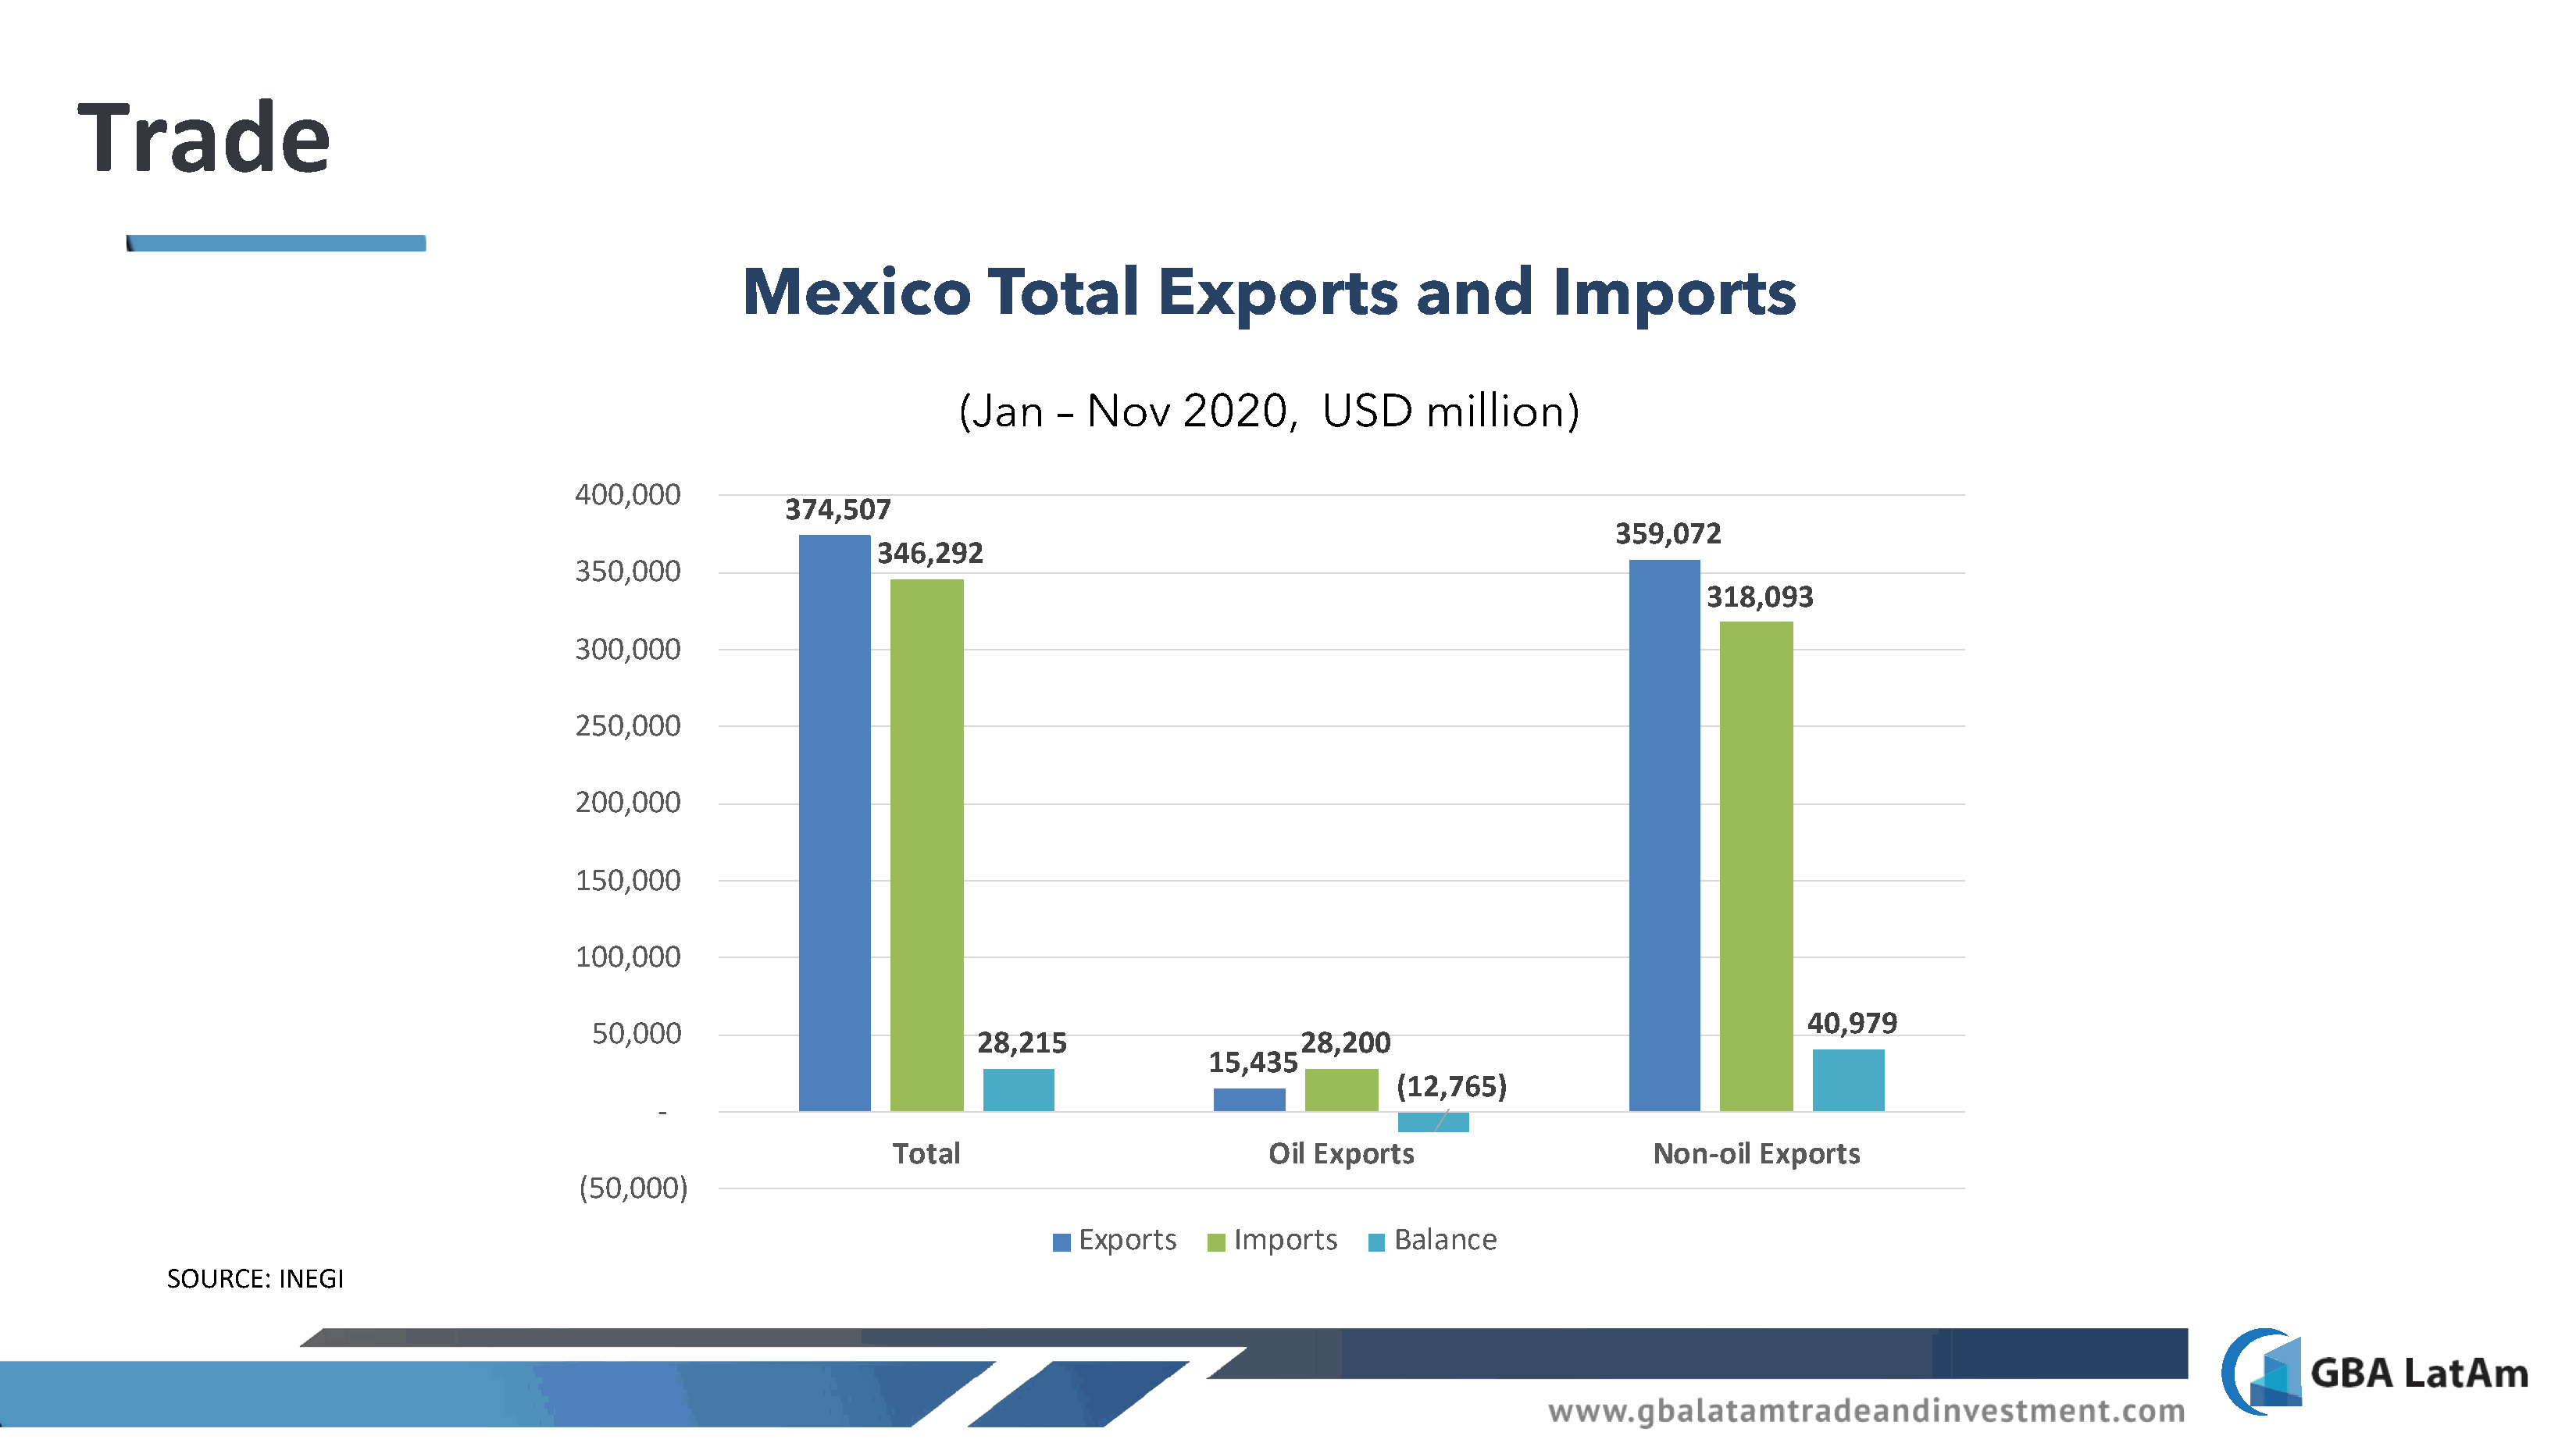
Trade
 Mexico               Total         Exports               and         Imports
 (Jan     – Nov     2020,       USD      million)
 400,000
 374,507
 359,072
 346,292
 350,000
 318,093
 300,000
 250,000
 200,000
 150,000
 100,000
 40,979
 50,000
 28,215                     28,200
 15,435
 (12,765)
 -
 Total                           Oil Exports                     Non-oil  Exports
 (50,000)
 Exports       Imports      Balance
 SOURCE:   INEGI